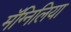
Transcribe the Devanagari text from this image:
मॅग्निलिया